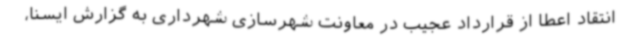
انتقاد اعطا از قرارداد عجیب در معاونت شهرسازی شهرداری به گزارش ایسنا،